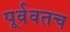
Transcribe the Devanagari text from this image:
पूर्ववतच